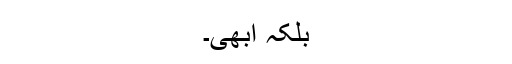
بلکہ ابھی۔